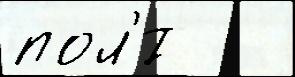
пол'́т